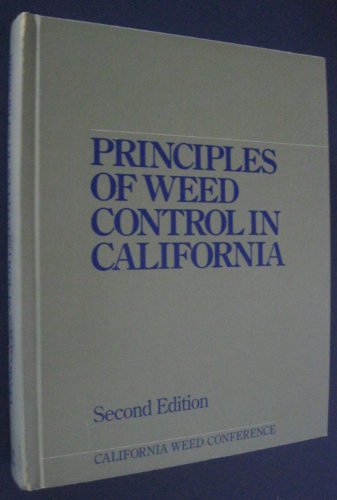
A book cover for Principles of Weed Control in California; CALIFORNIA WEED CONFERENCE; Crafts, Hobbies & Home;